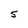
Character: S